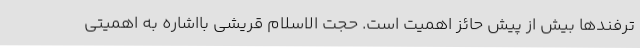
ترفندها بیش از پیش حائز اهمیت است. حجت الاسلام قریشی بااشاره به اهمیتی